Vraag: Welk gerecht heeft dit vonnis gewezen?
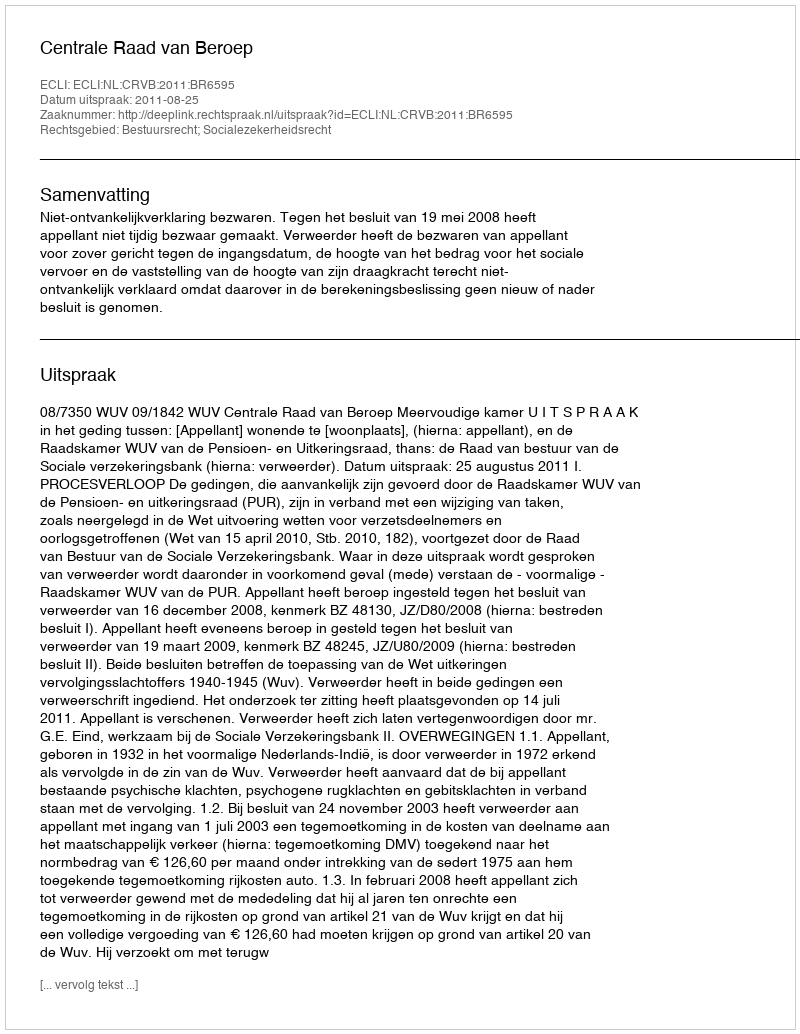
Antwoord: Centrale Raad van Beroep